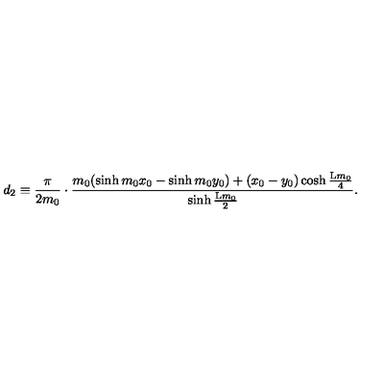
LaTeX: d _ { 2 } \equiv \frac { \pi } { 2 m _ { 0 } } \cdot \frac { m _ { 0 } ( \sinh { m _ { 0 } x _ { 0 } } - \sinh { m _ { 0 } y _ { 0 } } ) + ( x _ { 0 } - y _ { 0 } ) \cosh { \frac { \mathrm { L } m _ { 0 } } { 4 } } } { \sinh { \frac { \mathrm { L } m _ { 0 } } { 2 } } } .